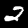
Label: 2